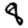
Digit: 8